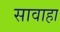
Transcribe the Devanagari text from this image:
सावाहा